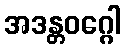
အဒန္တဝဂ္ဂေါ